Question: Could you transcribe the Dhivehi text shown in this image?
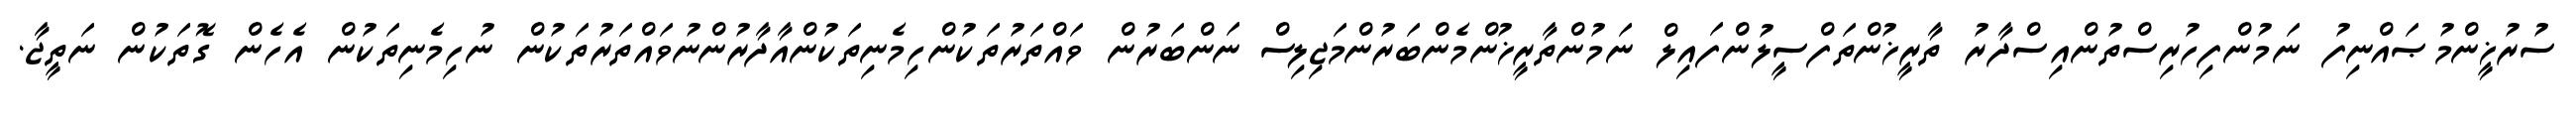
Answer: ސުރުޚީންމުޞައްނިފު ނަމުންފިހުރިސްތުންއިސްދާރު ތާރީޚުންތަފްސީލުންފައިލް ނަމުންތާރީޚުންމެންބަރުންމަޖިލިސް ނަންބަރުން ވައްތަރުތަކުންހިމެނިތަކުންއާދާރުންނުވައްތަރުތަކުން ނުހިމެނިތަކުން އެހެން ގޮތަކުން ނަތީޖާ.